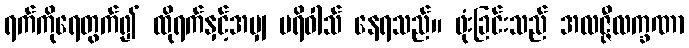
ရက်ကိုရေတွက်၍ ထိုရက်နှင့်အမျှ ပရိဝါသ် နေရသည်။ ဖုံးခြင်းသည် အလဇ္ဇီလက္ခဏာ